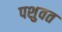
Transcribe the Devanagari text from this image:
पशुवत